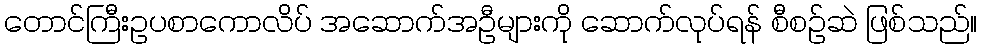
တောင်ကြီးဥပစာကောလိပ် အဆောက်အဦများကို ဆောက်လုပ်ရန် စီစဉ်ဆဲ ဖြစ်သည်။